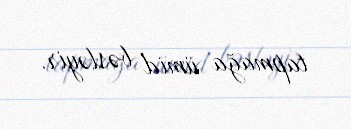
tapmağa ümid bəsləyir.